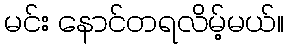
မင်း နောင်တရလိမ့်မယ်။